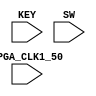
module BMP280(

	input 		          		FPGA_CLK1_50,
	// input 		          		FPGA_CLK2_50,
	// input 		          		FPGA_CLK3_50,

	input 		     [1:0]		KEY,

	input 		     [3:0]		SW
);


wire					reset_n;			// reset signal

localparam STATE_IDLE = 0;
localparam STATE_START = 1;
localparam STATE_ADDRESS = 2;
localparam STATE_RW = 3;
localparam STATE_WACK = 4;
localparam STATE_DATA = 5;
localparam STATE_STOP = 6;
localparam STATE_WACK2 = 7;

reg					GO;				// trigger to start
reg					i2c_sda;			// register value for Slave data
reg					i2c_scl;			// register value for SlavecClock by master
reg		[9:0]		i2c_clk_count;	// delayed clock for i2c bus
reg		[7:0]		state;			// where we maintain our state
reg		[7:0]		address;			// address of Slave device
reg		[7:0]		count;			// counting bits in byte to support IO
reg		[7:0]		data;				// data will be kept here

assign	reset_n = KEY[0];			// link reset to KEY[0]

//Our delayed clock implementation
always @ (posedge FPGA_CLK1_50) i2c_clk_count <= i2c_clk_count + 1;

//Build our i2c clock
always @ (posedge i2c_clk_count[9] or negedge reset_n)
begin
	if (!reset_n)
		i2c_scl <= 1;
	else begin
		if((state == STATE_IDLE) || (state == STATE_START) || (state == STATE_STOP)) begin
			i2c_scl <= 1;
		end
		else begin
			i2c_scl <= ~i2c_scl;
		end
	end
end

// Control trigger and read reset signal if there
always @ (posedge i2c_clk_count[9] or negedge reset_n)
begin
	if (!reset_n) //checking if reset
		GO <= 0;
	else
		if(!KEY[1]) 
			GO <= 1;
end

//I2C Operation
always @ (posedge i2c_clk_count[9] )
begin	
	if(!GO) begin
		state <= STATE_IDLE;
		i2c_sda <= 1;
		address <= 8'hEE;
		count <= 8'd0;
		data <= 8'hD0;
	end
	else
		case(state)
	
			STATE_IDLE:	begin // idle
					i2c_sda <= 1;
					state <= STATE_START;
				end
			
			STATE_START: begin // start
					i2c_sda <= 0;
					state <= STATE_ADDRESS;
					count <= 7;
				end // case idle
			
			STATE_ADDRESS: begin // send address
					i2c_sda <= address[count];
					if (count == 0) state <= STATE_RW;
					else count <= count - 1;
				end // case address
		
			STATE_RW: begin
					i2c_sda <= 1;
					state <= STATE_WACK;
				end // case rw
		
			STATE_WACK: begin
					state <= STATE_DATA;
					count <= 7;
				end // case wack
			
			STATE_DATA:	begin
					i2c_sda <= data[count];
					if (count == 0) state <= STATE_WACK2;
					else count <= count - 1;
				end // case data

			STATE_WACK2: begin
					state <= STATE_DATA;
					count <= 7;
				end // case wack2
			
			STATE_STOP: begin
					i2c_sda <= 1;
					state <= STATE_IDLE;
				end // case stop
		endcase // case
end // always


endmodule